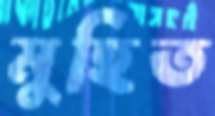
মুহিত